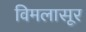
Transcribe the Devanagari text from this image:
विमलासूर